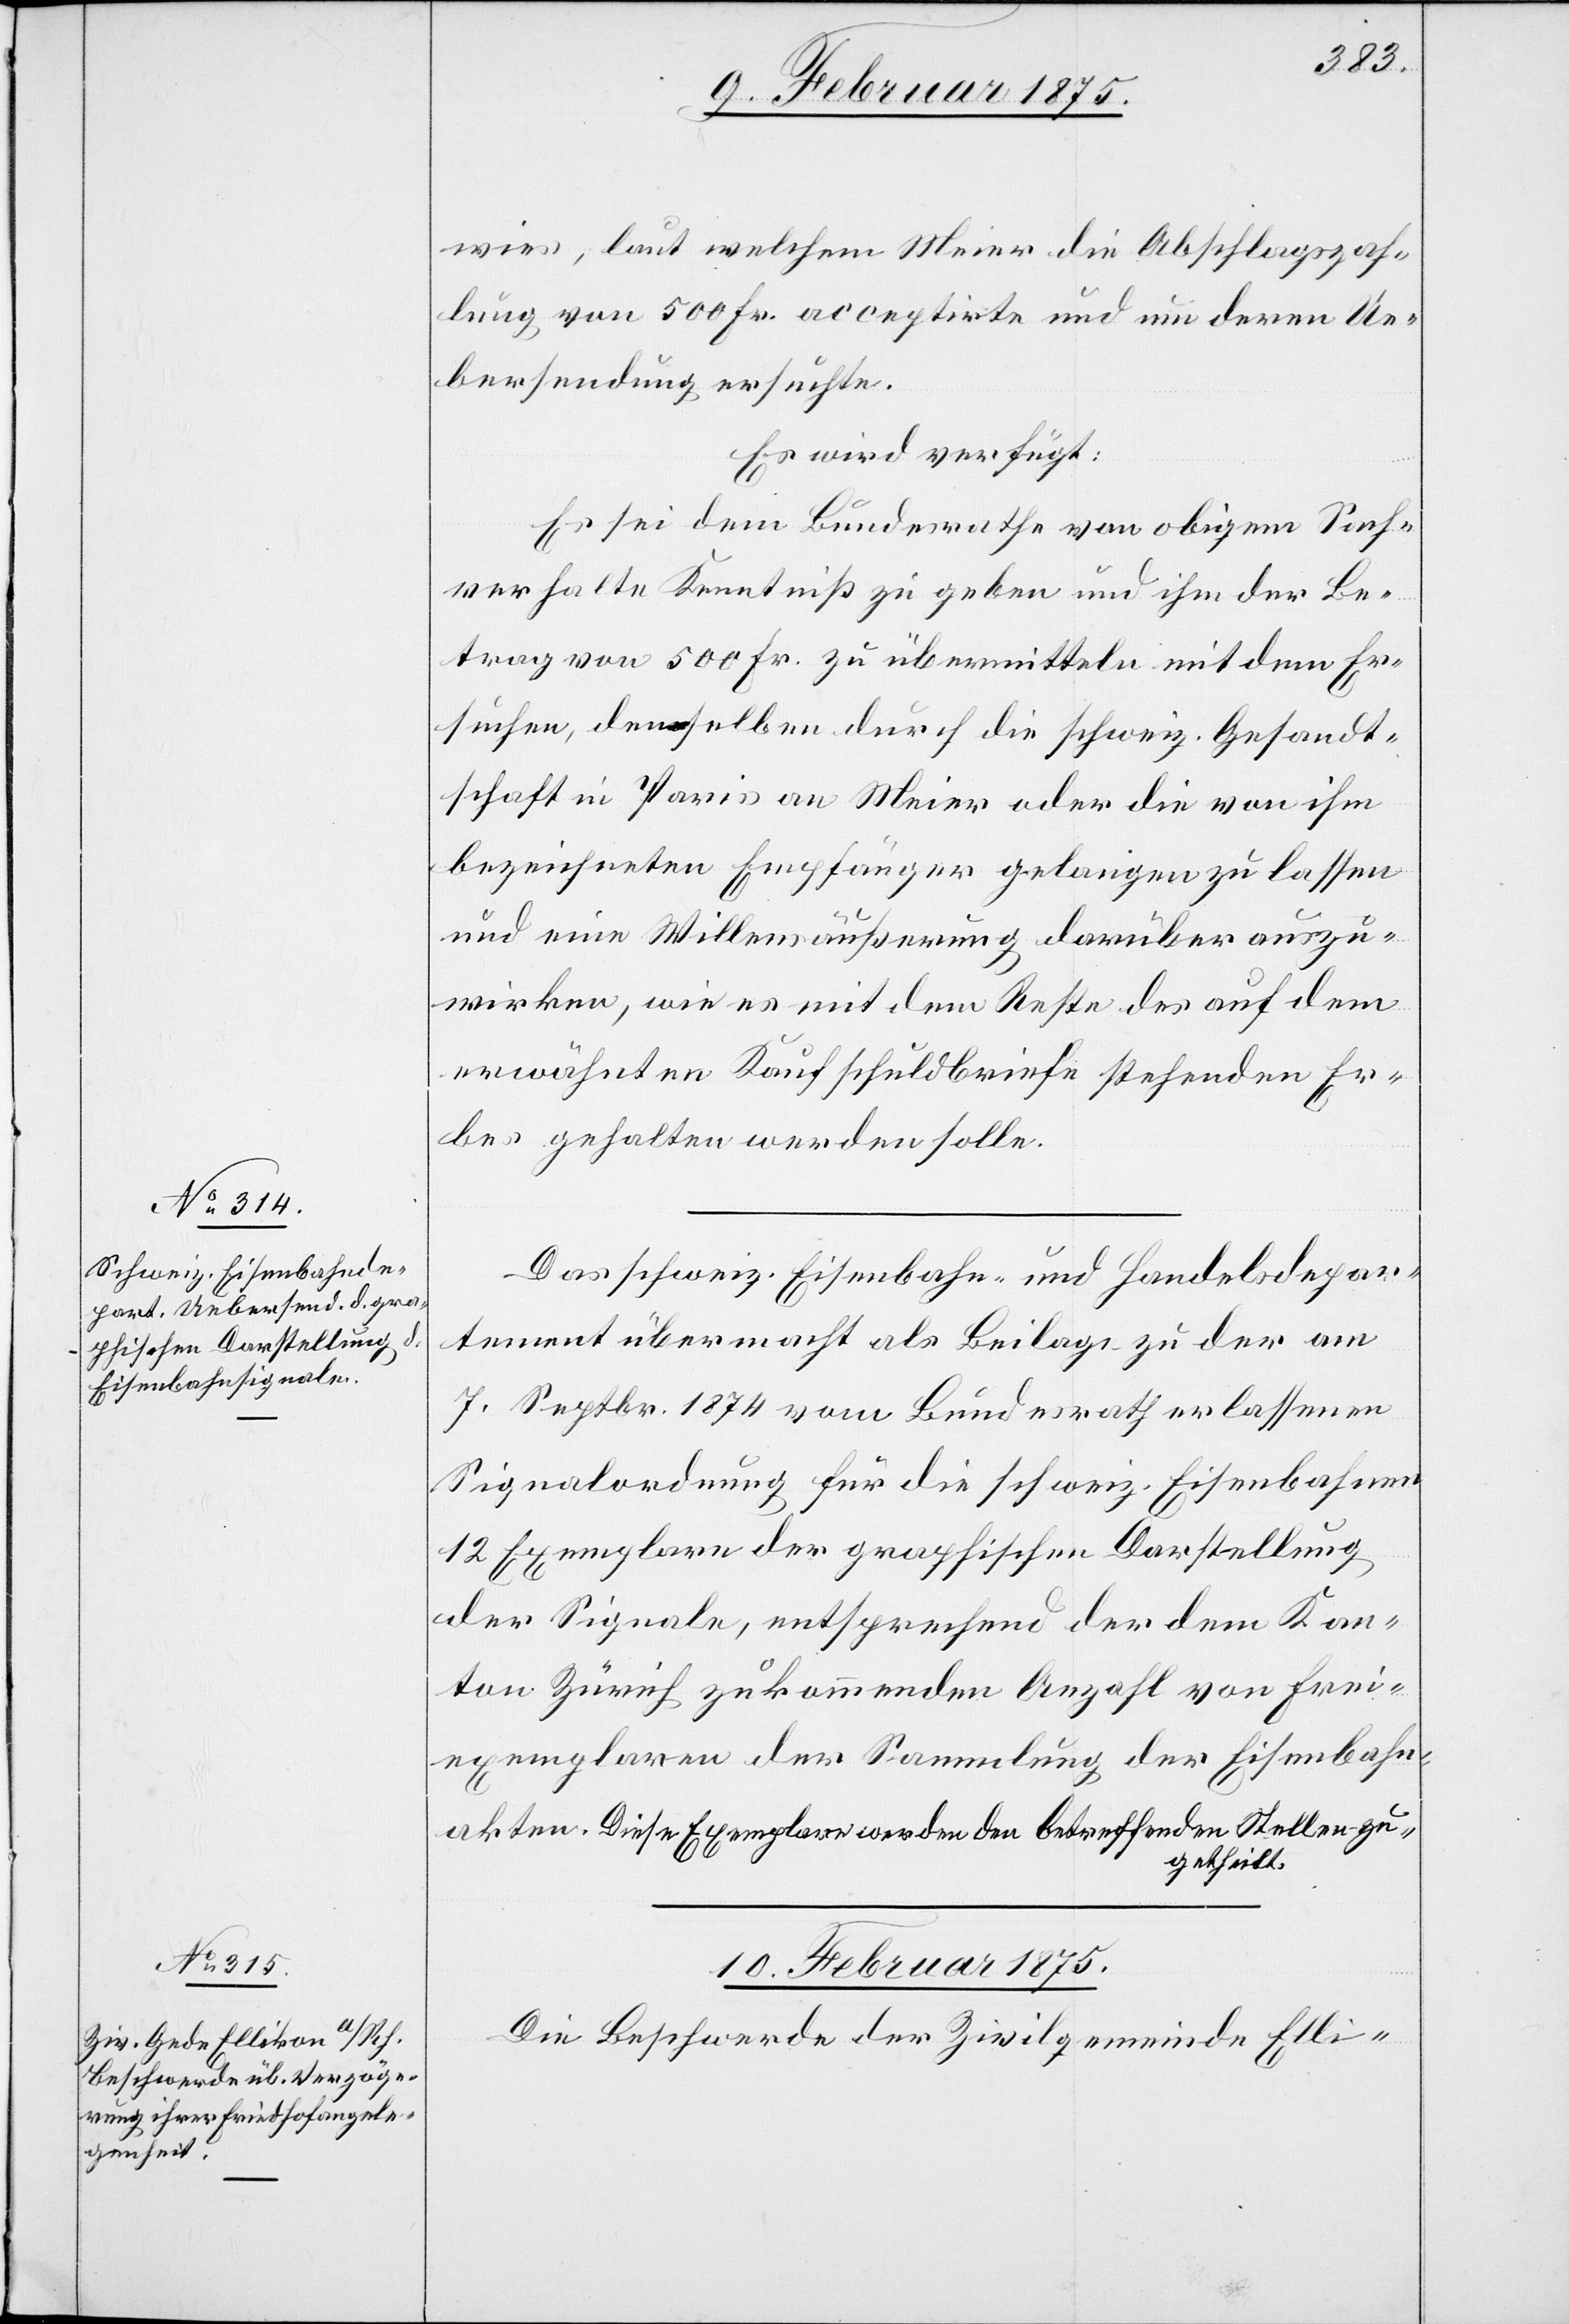
9. Februar 1875.]
wies, laut welchem Meier die Abschlagszah¬
lungen von 500 Fr. acceptirte und um deren Ue¬
bersendung ersuchte.
Es wird verfügt:
Es sei dem Bundesrathe von obigem Sach¬
verhalte Kenntniß zu geben und ihm der Be¬
trag von 500 Fr. zu übermitteln mit dem Er¬
suchen, denselben durch die schweiz. Gesandt¬
schaft in Paris an Meier oder die von ihm
bezeichneten Empfänger gelangen zu lassen
und eine Willensäußerung darüber auszu¬
wirken, wie es mit dem Reste des auf dem
erwähnten Kaufschuldbriefe stehenden Er¬
bes gehalten werden solle.
Das schweiz. Eisenbahn- und Handelsdepar¬
tement übermacht als Beilage zu der am
7.Septbr. 1874 vom Bundesrathe erlassenen
Signalordnung für die schweiz. Eisenbahnen
12 Exemplare der graphischen Darstellung
der Signale, entsprechend der dem Kan¬
ton Zürich zukommenden Anzahl von Frei¬
exemplaren der Sammlung der Eisenbahn¬
akten. Diese Exemplare werden den betreffenden Stellen zu¬
getheilt.
10. Februar 1875.
Die Beschwerde der Zivilgemeinde Elli-